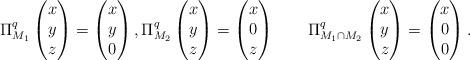
LaTeX: \begin{align*} \Pi^q_{M_1}\begin{pmatrix}x\\y\\z\end{pmatrix} = \begin{pmatrix}x\\y\\0\end{pmatrix}, \Pi^q_{M_2}\begin{pmatrix}x\\y\\z\end{pmatrix} = \begin{pmatrix}x\\0\\z\end{pmatrix} \qquad\Pi^q_{M_1\cap M_2}\begin{pmatrix}x\\y\\z\end{pmatrix} = \begin{pmatrix}x\\0\\0\end{pmatrix}. \end{align*}